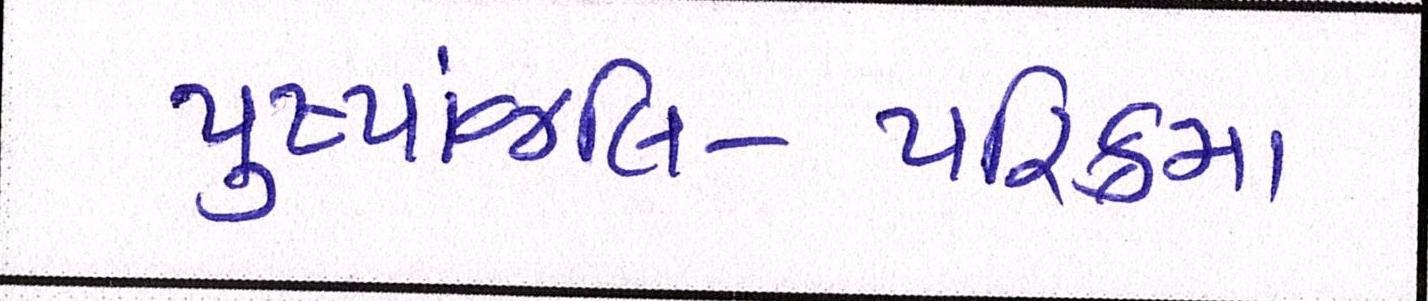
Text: પુષ્પાંજલિ-પરિક્રમા